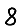
Digit: 8